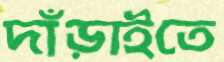
দাঁড়াইতে